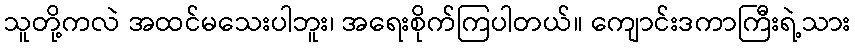
သူတို့ကလဲ အထင်မသေးပါဘူး၊ အရေးစိုက်ကြပါတယ်။ ကျောင်းဒကာကြီးရဲ့သား